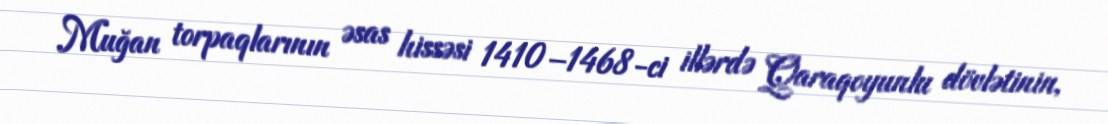
Muğan torpaqlarının əsas hissəsi 1410–1468-ci illərdə Qaraqoyunlu dövlətinin,